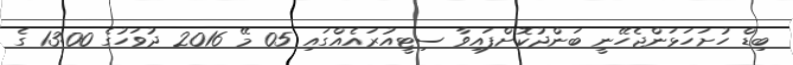
ބިޑް ހުށަހަޅަންޖެހޭނީ ބަންދުކޮށްފައިވާ ސިޓީއުރައެއްގައި 05 މޭ 2016 ދުވަހުގެ 13:00 ގެ